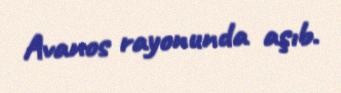
Avanos rayonunda aşıb.